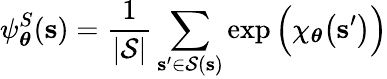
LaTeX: \psi_{\boldsymbol\theta}^{S}(\mathbf{s})=\frac{1}{|\mathcal{S}|}\sum_{\mathbf{s^{\prime}}\in\mathcal{S}(\mathbf{s})}\exp\Big(\chi_{\boldsymbol\theta}\big(\mathbf{s^{\prime}}\big)\Big)